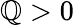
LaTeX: \mathbb{Q}>0